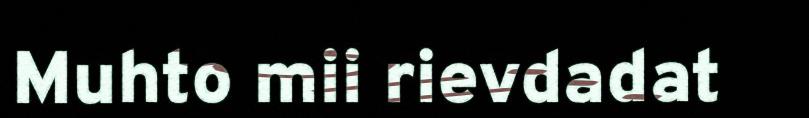
Muhto mii rievdadat